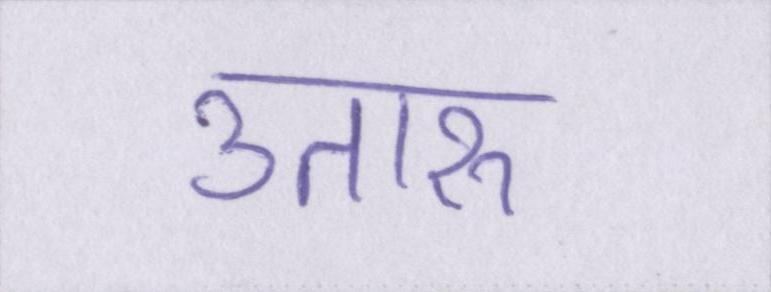
उतारू